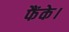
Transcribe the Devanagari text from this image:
फैंके।